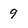
Character: 9